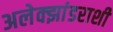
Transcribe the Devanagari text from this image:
अलेक्झांडराशी